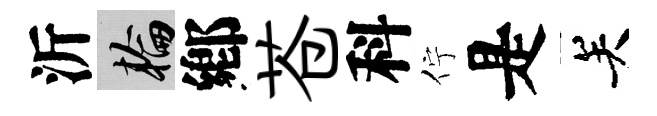
沂輪鄕苍科佇是关